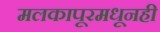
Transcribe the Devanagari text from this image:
मलकापूरमधूनही